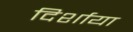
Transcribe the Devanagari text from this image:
दिर्शाया